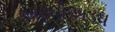
અડધોઅડધ